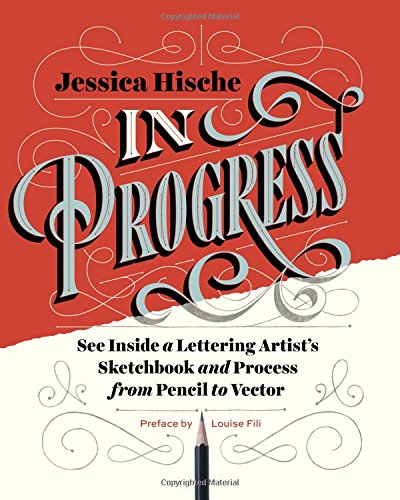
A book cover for In Progress: See Inside a Lettering Artist's Sketchbook and Process, from Pencil to Vector; Jessica Hische; Arts & Photography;